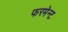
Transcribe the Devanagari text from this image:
फरमेन्ट